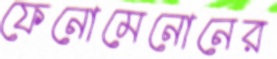
ফেনোমেনোনের